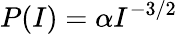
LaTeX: P(I)=\alpha I^{-3/2}